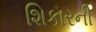
શિકારની